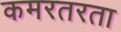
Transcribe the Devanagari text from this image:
कमरतरता